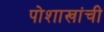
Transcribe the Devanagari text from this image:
पोशाखांची